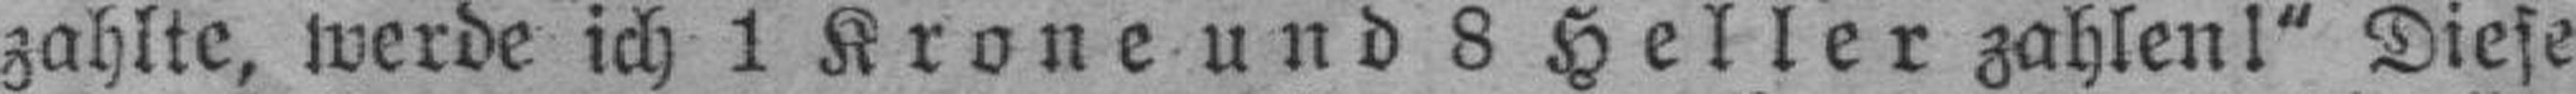
zahlte, werde ich 1 Krone und 8 Heller zahlen!" Diese